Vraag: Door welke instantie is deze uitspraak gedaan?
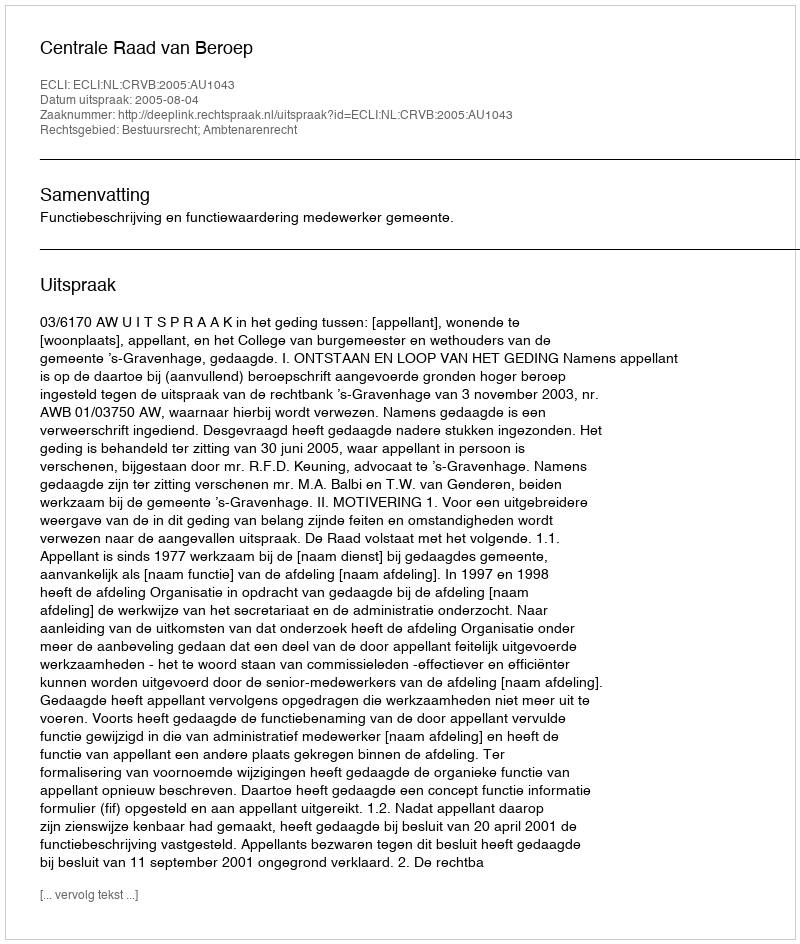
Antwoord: Centrale Raad van Beroep